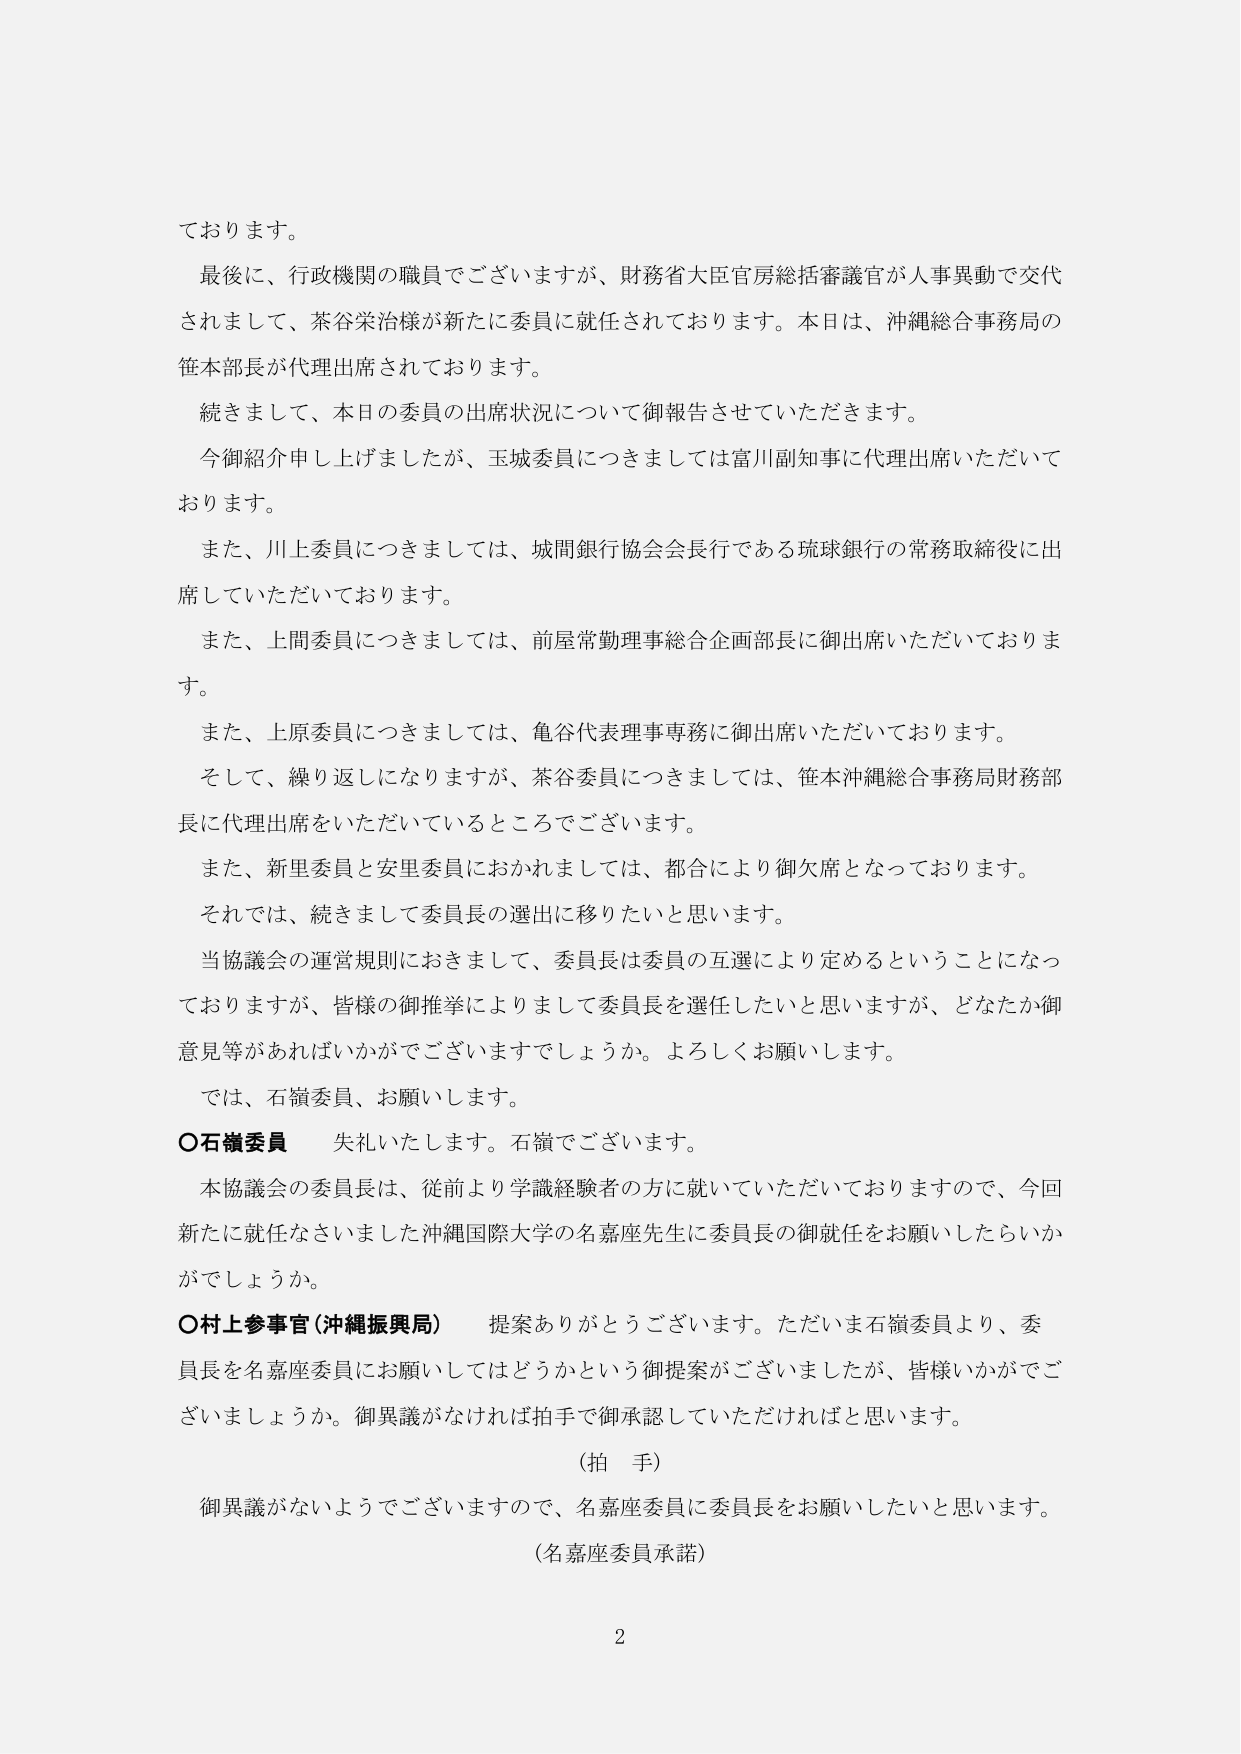
ております。

最後に、行政機関の職員でございますが、財務省大臣官房総括審議官が人事異動で交代されまして、茶谷栄治様が新たに委員に就任されております。本日は、沖縄総合事務局の笹本部長が代理出席されております。

続きまして、本日の委員の出席状況について御報告させていただきます。

今御紹介申し上げましたが、玉城委員につきましては富川副知事に代理出席いただいております。

また、川上委員につきましては、城間銀行協会会長行である琉球銀行の常務取締役に出席していただいております。

また、上間委員につきましては、前屋常勤理事総合企画部長に御出席いただいております。

また、上原委員につきましては、亀谷代表理事専務に御出席いただいております。

そして、繰り返しになりますが、茶谷委員につきましては、笹本沖縄総合事務局財務部長に代理出席をいただいているところでございます。

また、新里委員と安里委員におかれましては、都合により御欠席となっております。

それでは、続きまして委員長の選出に移りたいと思います。

当協議会の運営規則におきまして、委員長は委員の互選により定めるということになっておりますが、皆様の御推挙によりまして委員長を選任したいと思いますが、どなたか御意見等があればいかがでございますでしょうか。よろしくお願いします。

では、石嶺委員、お願いします。

○石嶺委員　失礼いたします。石嶺でございます。

本協議会の委員長は、従前より学識経験者の方に就いていただいておりますので、今回新たに就任なさいました沖縄国際大学の名嘉座先生に委員長の御就任をお願いしたらいかがでしょうか。

○村上参事官（沖縄振興局）　提案ありがとうございます。ただいま石嶺委員より、委員長を名嘉座委員にお願いしてはどうかという御提案がございましたが、皆様いかがでございますでしょうか。御異議がなければ拍手で御承認していただければと思います。

（拍手）

御異議がないようでございますので、名嘉座委員に委員長をお願いしたいと思います。

（名嘉座委員承諾）

2